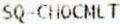
SQ-CHOCMLT